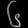
Digit: ၆